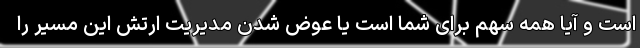
است و آیا همه سهم برای شما است یا عوض شدن مدیریت ارتش این مسیر را